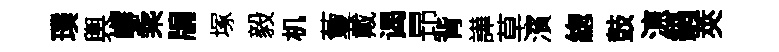
璞輿嶰乘牖塚毅机藑戴谒昻背譁草濱緫鼓鿌鍋莢